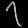
Digit: ၇